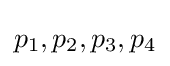
p_{1},p_{2},p_{3},p_{4}